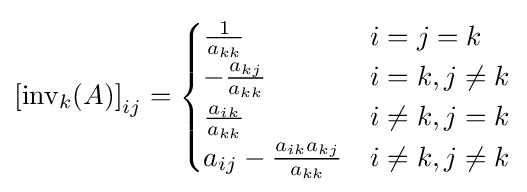
\left[\operatorname {inv} _{k}(A)\right]_{ij}={\begin{cases}{\frac {1}{a_{kk}}}&i=j=k\\-{\frac {a_{kj}}{a_{kk}}}&i=k,j\neq k\\{\frac {a_{ik}}{a_{kk}}}&i\neq k,j=k\\a_{ij}-{\frac {a_{ik}a_{kj}}{a_{kk}}}&i\neq k,j\neq k\end{cases}}